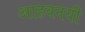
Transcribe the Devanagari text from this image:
आहवनयी